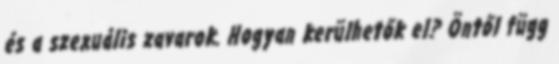
és a szexuális zavarok. Hogyan kerülhetők el? Öntől függ